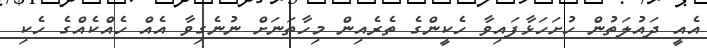
އެއީ ދައުލަތުން ހުށަހަޅާފައިވާ ހެކީންގެ ތެރެއިން މިހާތަނަށް ނުނެގިވާ އެއް ހެއްކެއްގެ ހެކި